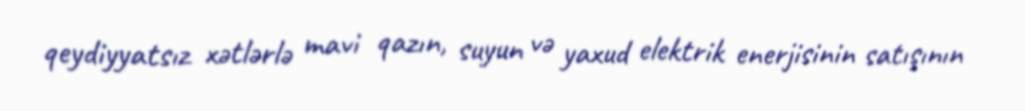
qeydiyyatsız xətlərlə mavi qazın, suyun və yaxud elektrik enerjisinin satışının